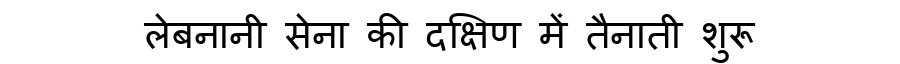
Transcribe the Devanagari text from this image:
लेबनानी सेना की दक्षिण में तैनाती शुरू